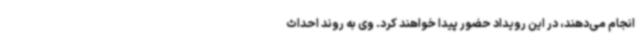
انجام می‌دهند، در این رویداد حضور پیدا خواهند کرد. وی به روند احداث